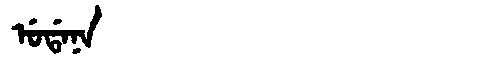
Manchu: ᡠᡩᠠᠨᠠ
Romanization: UDANA